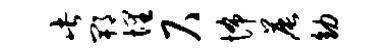
此郫埋尺怖晨幼